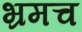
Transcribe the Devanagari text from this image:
भ्रमच